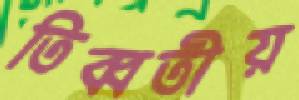
তিব্বতীয়